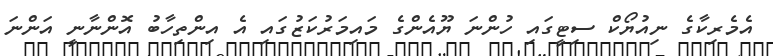
އެމެރިކާގެ ނިއުޔޯކް ސިޓީގައި ހުންނަ ޔޫއެންގެ މައިމަރުކަޒުގައި އެ އިންތިހާބު އޮންނާނީ އަންނަ